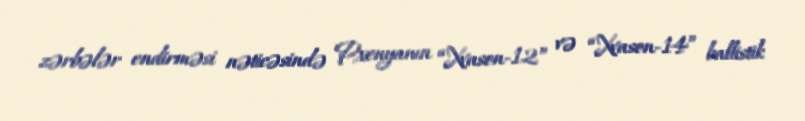
zərbələr endirməsi nəticəsində Pxenyanın “Xvason-12” və “Xvason-14” ballistik